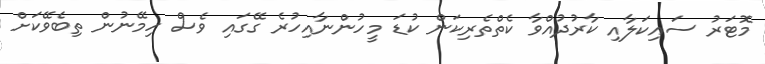
މޮޓަރު ސައިކަލާއި ކާރުދުއްވާ ކެތްތެރިކަން ކުޑަ މީހުންނާއިިހުރެ ގޭގައި ވެސް ހިިމޭނުން ތިބެވޭކަށް